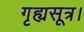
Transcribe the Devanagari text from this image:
गृह्यसूत्र।